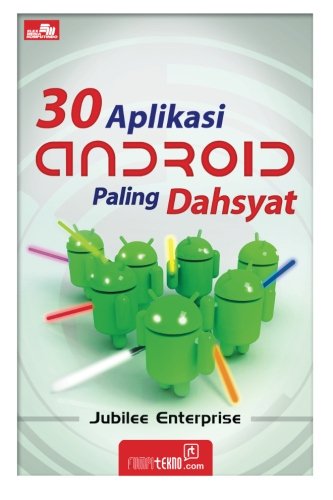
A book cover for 30 Aplikasi Android Paling Dahsyat (Indonesian Edition); Jubilee Enterprise; Computers & Technology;